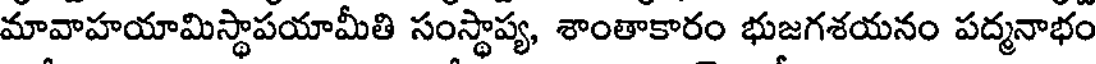
మావాహయామిస్థాపయామీతి సంస్థాప్య, శాంతాకారం భుజగశయనం పద్మనాభం